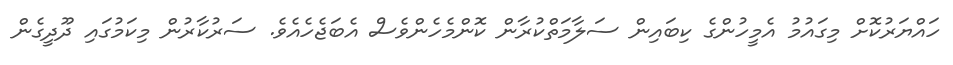
ހައްޔަރުކޮށް މިގައުމު އެމީހުންގެ ކިބައިން ސަލާމަތްކުރާން ކޮންމެހެންވެސް އެބަޖެހެއެވެ. ސަރުކާރުން މިކަމުގައި ދޫދީގެން